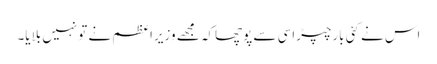
اس نے کئی بارچپڑاسی سے پوچھاکہ مجھے وزیراعظم نے تونہیں بلایا۔